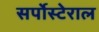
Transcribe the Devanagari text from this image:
सर्पोस्टेराल